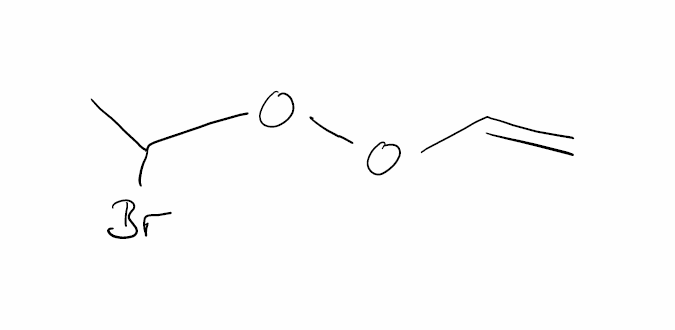
Simplified molecular-input line-entry system (SMILES) notation of the given molecule:
CC(OOC=C)Br